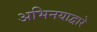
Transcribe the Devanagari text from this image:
अभिनयाद्वारे